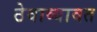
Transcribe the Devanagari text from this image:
ठेवाव्यावत